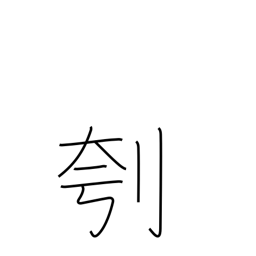
Meaning: clear